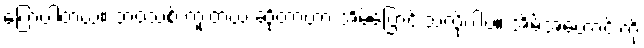
ပြောပါတယ်။ ဘဝသစ် ကူးတယ် ဆိုတာဟာ အိမ်ပြောင်းသလိုပါပဲ။ အိမ်အဟောင်းကို